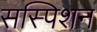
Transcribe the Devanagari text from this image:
सस्पिशन